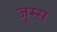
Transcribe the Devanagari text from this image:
जूम्स